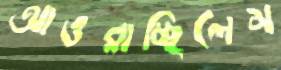
আওরাচ্ছিলেম